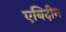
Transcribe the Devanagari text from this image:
एबिदीन